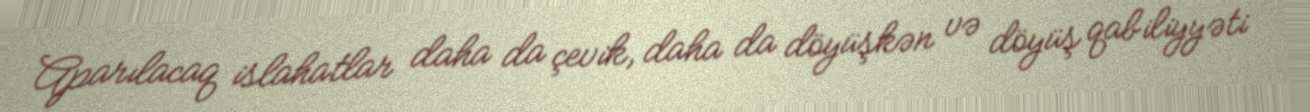
Aparılacaq islahatlar daha da çevik, daha da döyüşkən və döyüş qabiliyyəti